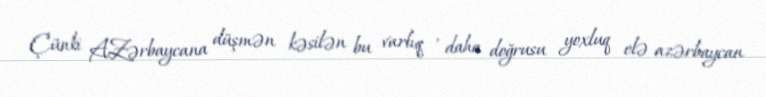
Çünki AZərbaycana düşmən kəsilən bu varlıq , daha doğrusu yoxluq elə azərbaycan